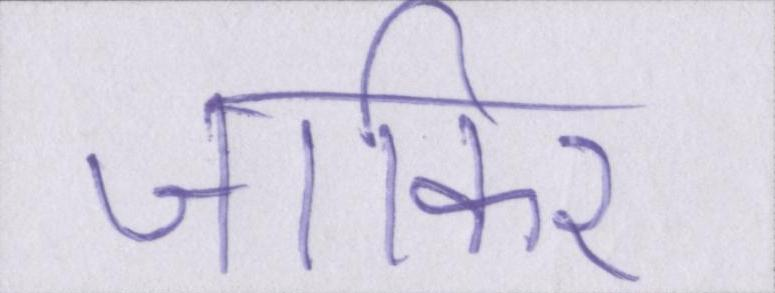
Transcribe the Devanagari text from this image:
जाकिर